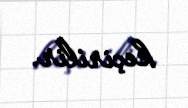
keçirilir.